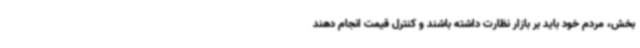
بخش، مردم خود باید بر بازار نظارت داشته باشند و کنترل قیمت انجام دهند